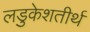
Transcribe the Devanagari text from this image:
लडुकेशतीर्थ